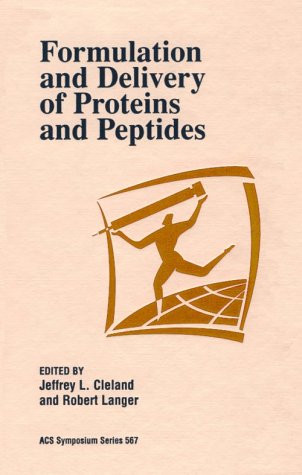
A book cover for Formulation and Delivery of Proteins and Peptides (ACS Symposium Series); Medical Books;